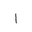
Letter: _alif